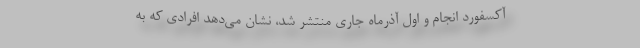
آکسفورد انجام و اول آذرماه جاری منتشر شد، نشان می‌دهد افرادی که به